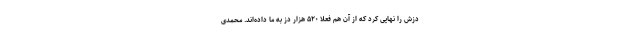
دُزش را نهایی کرد که از آن هم فعلا ۵۲۰ هزار دُز به ما داده‌اند. محمدی